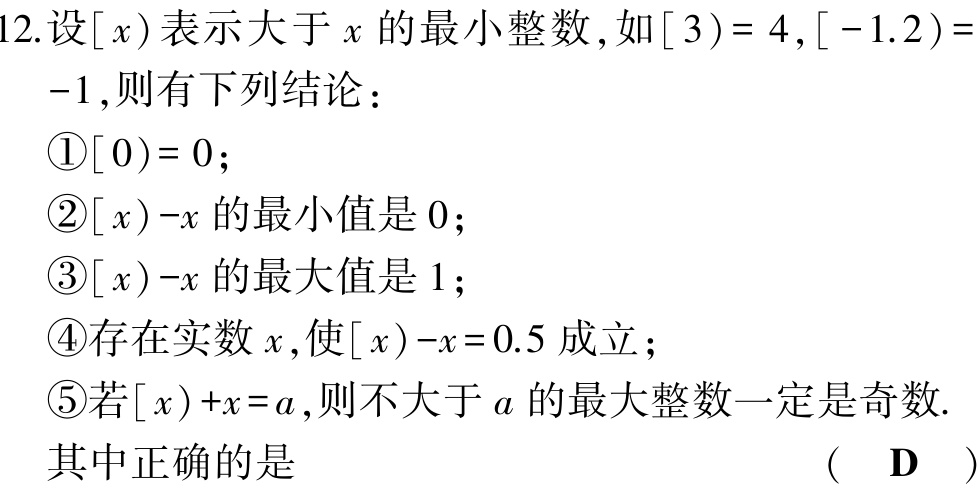
12.设$[x)$表示大于$x$的最小整数，如$[3)=4,[-1.2)= -1$，则有下列结论：

\textcircled{1}$[0)=0$；

\textcircled{2}$[x)-x$的最小值是$0$；

\textcircled{3}$[x)-x$的最大值是$1$；

\textcircled{4}存在实数$x$，使$[x)-x = 0.5$成立；

\textcircled{5}若$[x)+x=a$，则不大于$a$的最大整数一定是奇数.

其中正确的是  （  D  ）